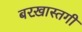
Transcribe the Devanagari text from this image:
बरख़ास्तगी